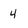
Character: 4